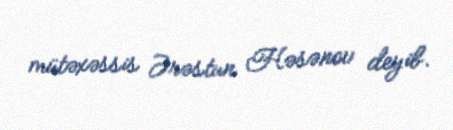
mütəxəssis Ərəstun Həsənov deyib.